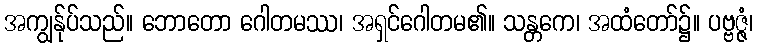
အကျွန်ုပ်သည်။ ဘောတော ဂေါတမဿ၊ အရှင်ဂေါတမ၏။ သန္တကေ၊ အထံတော်၌။ ပဗ္ဗဇ္ဇံ၊